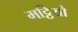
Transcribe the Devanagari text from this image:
मट्ठियौ